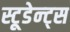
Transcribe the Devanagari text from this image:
स्टूडेन्ट्स